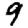
Digit: 9